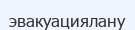
эвакуациялану